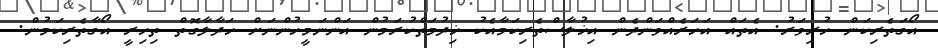
އޯގަތެރިކަން ހުރިވަރު. އެތައް އަހަރެއްވަންދެން އިޚުލާސްތެރިކަމާއެކު ޚިދުމަތްކުރަމުން އަންނަމީހުންނަށް ހަދާލާގޮތް ތިހިރީ އޯގާތެރިކަމުން.